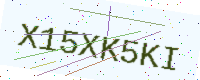
Text: X15XK5KI